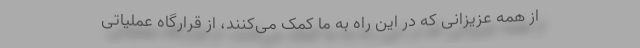
از همه عزیزانی که در این راه به ما کمک می‌کنند، از قرارگاه عملیاتی